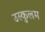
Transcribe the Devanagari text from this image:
उस्कुलम